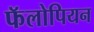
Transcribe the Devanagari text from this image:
फॅलोपियन